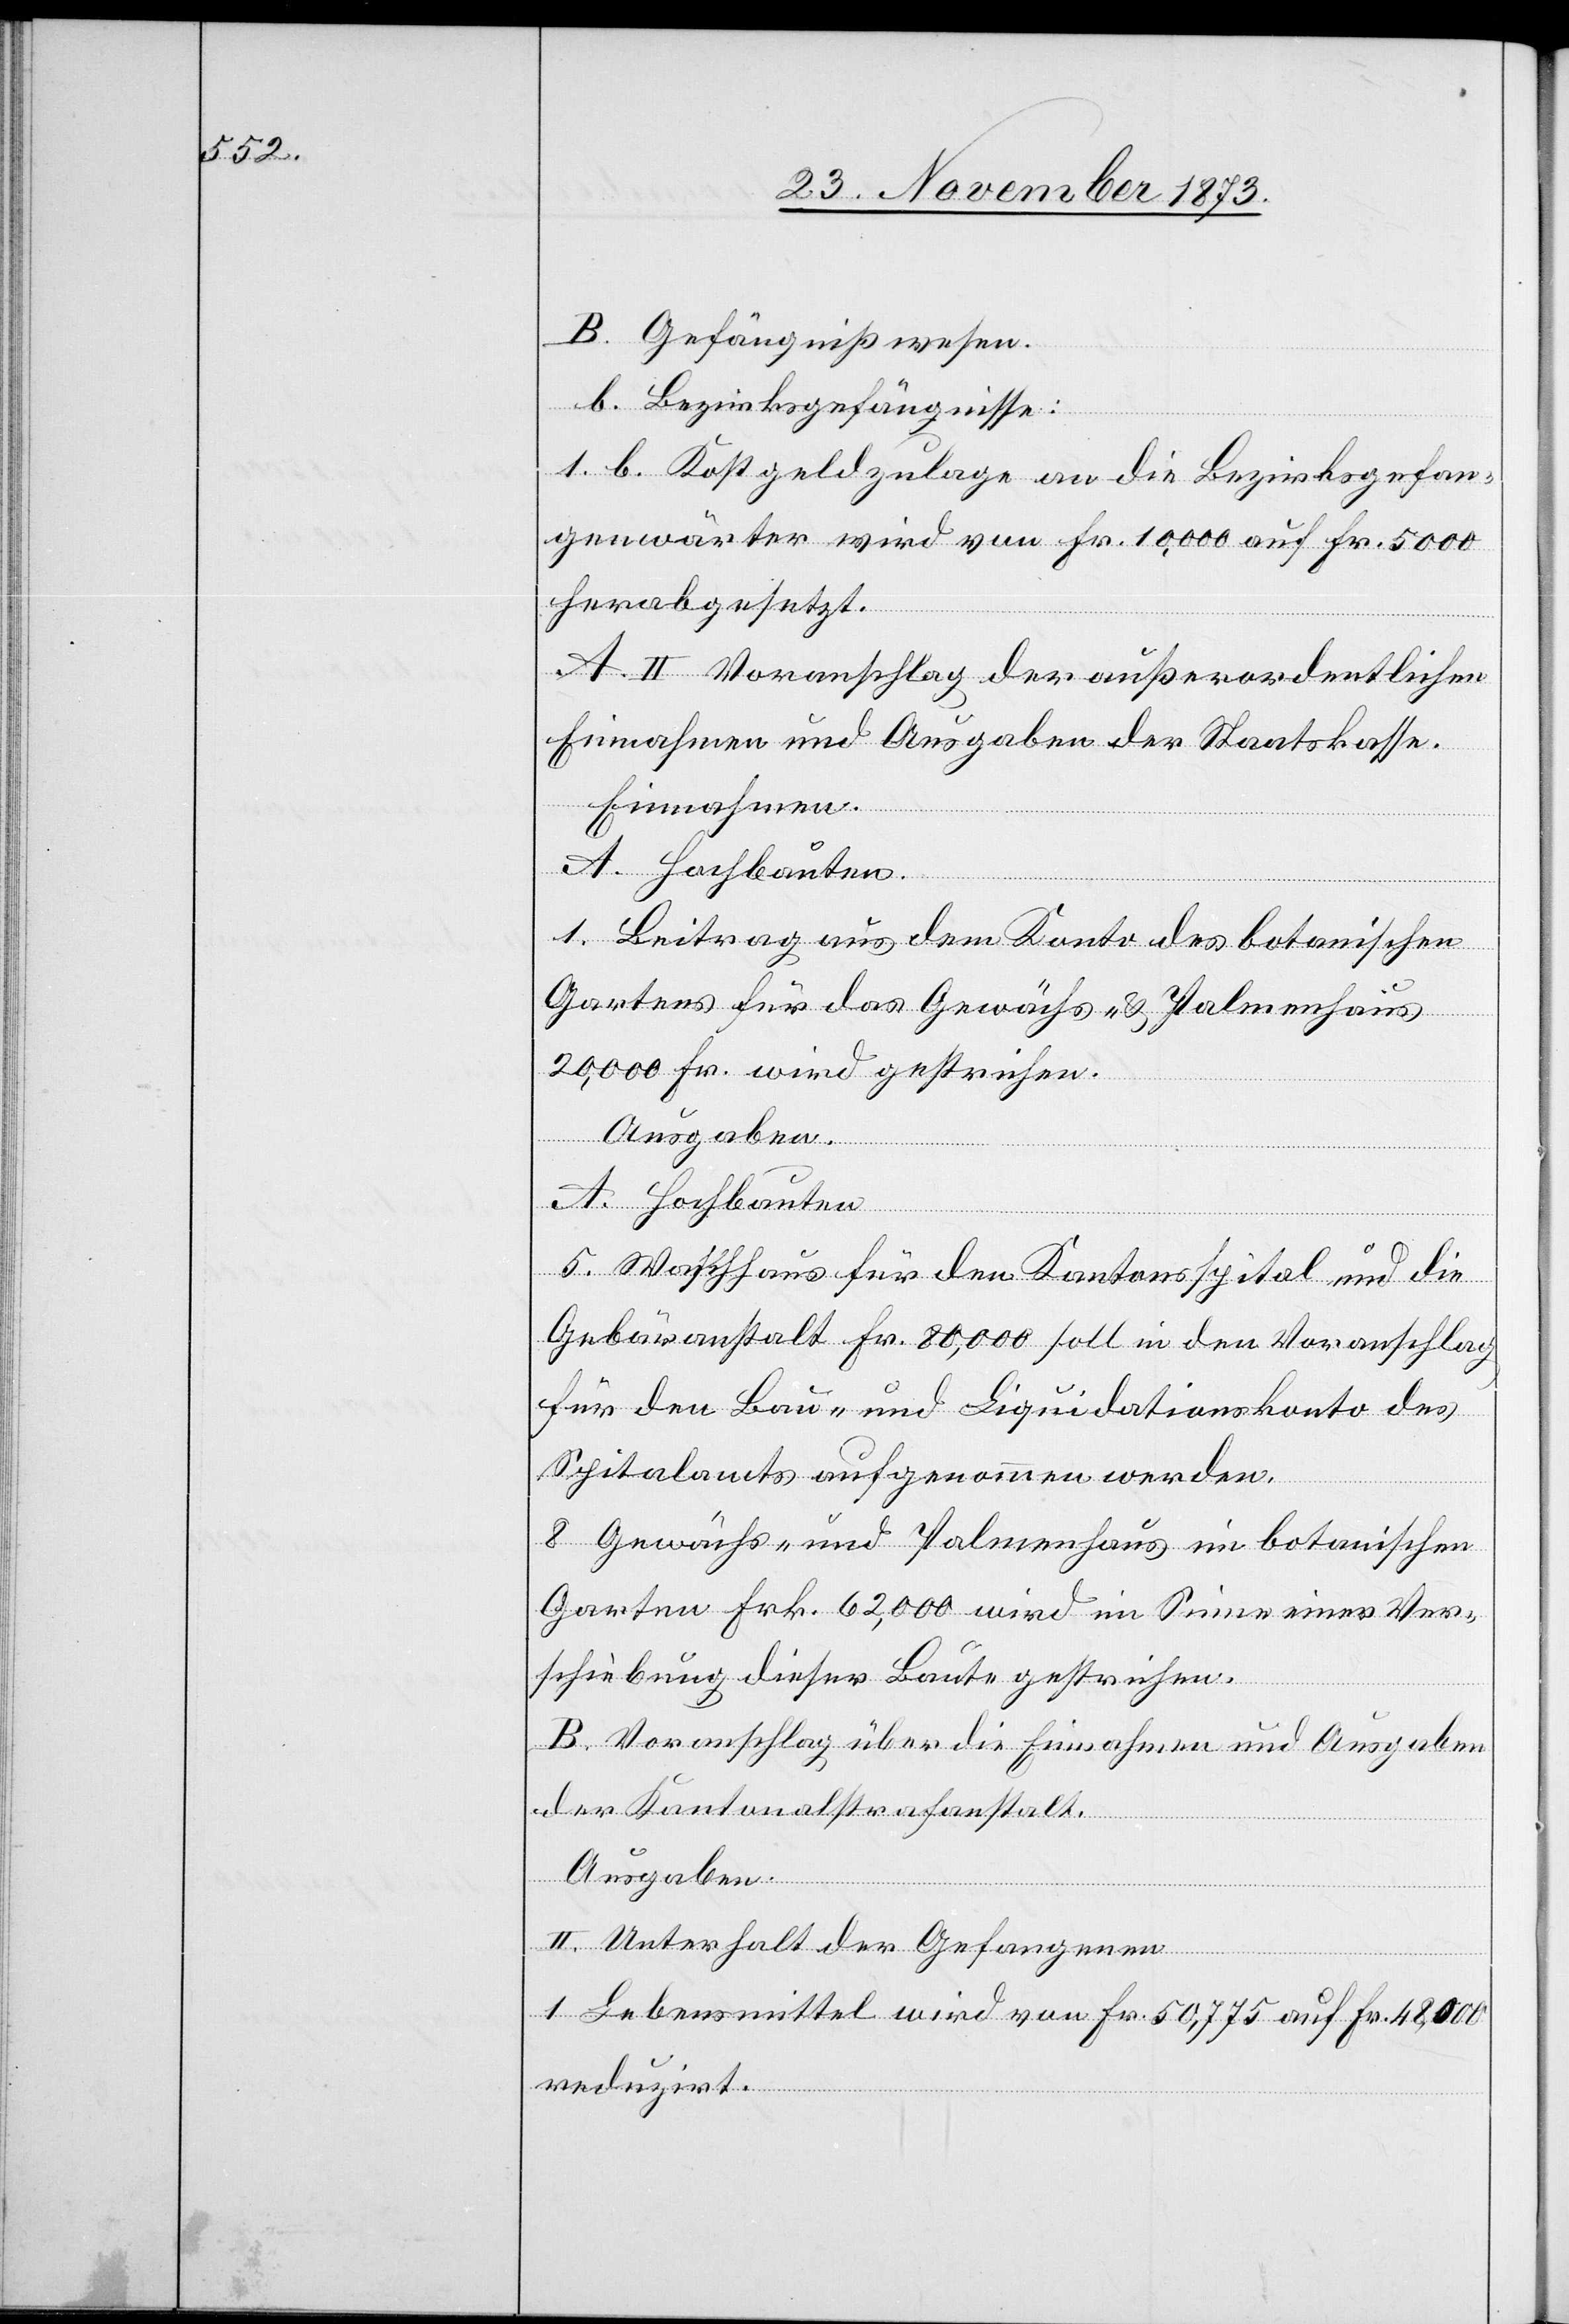
B. Gefängnißwesen.
b. Bezirksgefängnisse:
1. b. Kostgeldzulage an die Bezirksgefan¬
genwärter wird von Fr. 10,000 auf Fr. 5 000
herabgesetzt.
A. II Voranschlag der außerordentlichen
Einnahmen und Ausgaben der Staatskasse.
Einnahmen.
A. Hochbauten.
1. Beitrag aus dem Konto des botanischen
Gartens für das Gewächs- & Palmenhaus
20,000 Fr. wird gestrichen.
Ausgaben.
A. Hochbauten.
5. Waschhaus für den Kantonsspital und die
Gebäranstalt Fr. 80,000 soll in den Voranschlag
für den Bau- und Liquidationskonto des
Spitalamts aufgenommen werden.
8 Gewächs- und Palmenhaus im botanischen
Garten Frk. 62,000 wird im Sinne einer Ver¬
schiebung dieser Baute gestrichen.
B. Voranschlag über die Einnahmen und Ausgaben
der Kantonalstrafanstalt.
Ausgaben.
II. Unterhalt der Gefangenen
1. Lebensmittel wird von Fr. 50,775 auf Fr. 48,000
reduzirt.